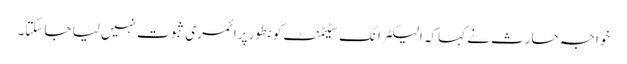
خواجہ حارث نے کہاکہ الیکٹرانک سٹیٹمنٹ کو بطور پرائمری ثبوت نہیں لیا جاسکتا۔